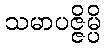
သမာပဇ္ဇိမ္ပိ